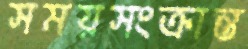
সময়সংক্রান্ত